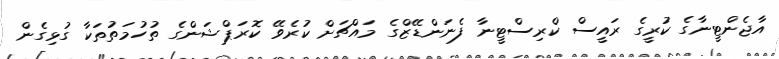
އާޖެންޓީނާގެ ކުރީގެ ރައީސް ކްރިސްޓީނާ ފެނަންޑޭޒްގެ މައްޗަށް ކުރެވޭ ކޮރަޕްޝަންގެ ތުހުމަތުތަކާ ގުޅިގެން